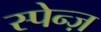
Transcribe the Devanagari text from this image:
स्पेन्ज़